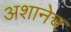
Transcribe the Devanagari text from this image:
अशानेच